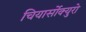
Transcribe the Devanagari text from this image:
चियार्सोक्युरो